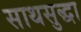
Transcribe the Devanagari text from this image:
साथसुद्धा